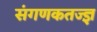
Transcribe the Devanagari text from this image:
संगणकतज्‍ज्ञ